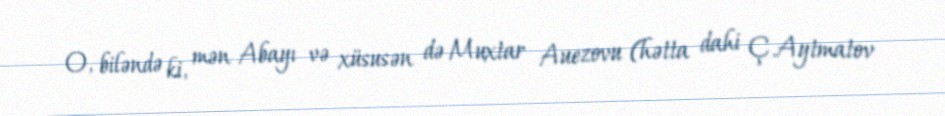
O, biləndə ki, mən Abayı və xüsusən də Muxtar Auezovu (hətta dahi Ç.Aytmatov